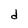
Character: d